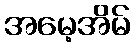
အမေ့အိမ်